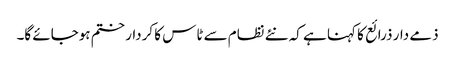
ذمے دار ذرائع کا کہنا ہے کہ نئے نظام سے ٹاس کا کردار ختم ہوجائے گا۔